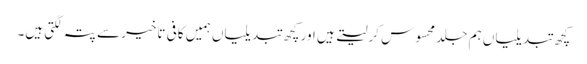
کچھ تبدیلیاں ہم جلد محسوس کرلیتے ہیں اور کچھ تبدیلیاں ہمیں کافی تاخیر سے پتہ لگتی ہیں۔